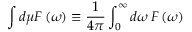
\int d \mu F \left( \omega \right) \equiv \frac { 1 } { 4 { \pi } } \int _ { 0 } ^ { \infty } d \omega \, F \left( \omega \right)